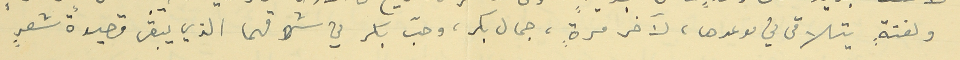
ولفتةٍ يتلاقى في موعدها، لآخر مرّةٍ، جمال بكر، وحبّ بكر في شوقهما الذي يبقى قصيدةً شعرٍ